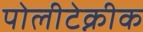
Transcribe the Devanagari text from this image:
पोलीटेक्नीक